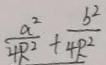
\frac { a ^ { 2 } } { 4 R ^ { 2 } } + \frac { b ^ { 2 } } { 4 R ^ { 2 } }